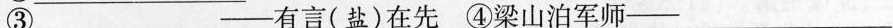
③___——有言(盐)在先④梁山泊军师——___